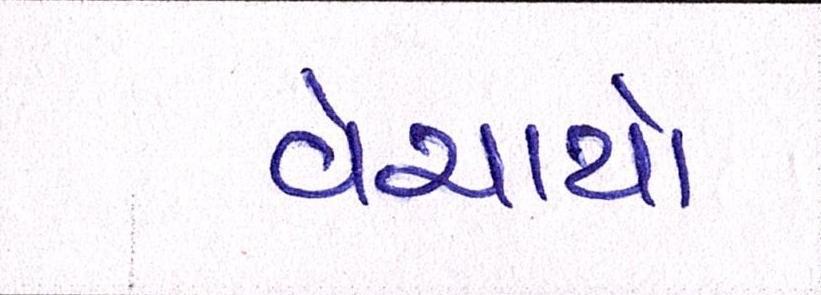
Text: વેચાયો